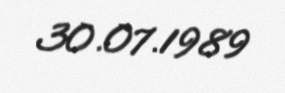
30.07.1989